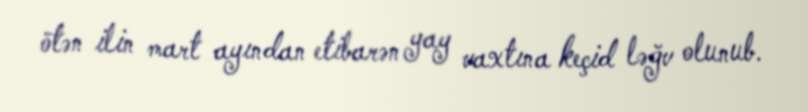
ötən ilin mart ayından etibarən yay vaxtına keçid ləğv olunub.